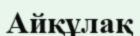
Айқұлақ